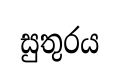
සුතුරය